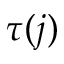
\tau ( j )